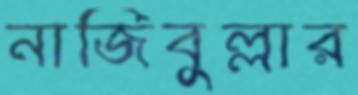
নাজিবুল্লার